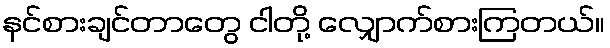
နင်စားချင်တာတွေ ငါတို့ လျှောက်စားကြတယ်။